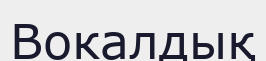
Вокалдық